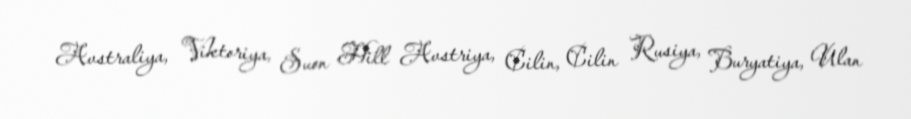
Avstraliya, Viktoriya, Suon Hill Avstriya, Cilin, Cilin Rusiya, Buryatiya, Ulan